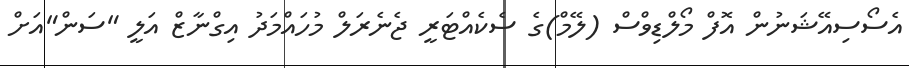
އެސޯސިއޭޝަނުން އޮފް މޯލްޑިވްސް (ލޭމް)ގެ ސެކެއްޓަރީ ޖެނެރަލް މުހައްމަދު އިގްނާޒް އަލީ "ސަން"އަށް